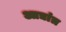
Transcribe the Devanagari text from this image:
आद्यांत्र